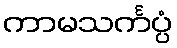
ကာမသင်္ကပ္ပံ